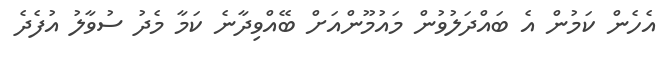
އެހެން ކަމުން އެ ބައްދަލުވުން މައުމޫންއަށް ބޭއްވިދާނެ ކަމާ މެދު ސުވާލު އުފެދެ